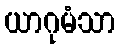
ယာဂုမံသာ